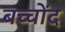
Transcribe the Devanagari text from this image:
बच्चोंद